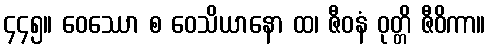
၄၄၅။ ဝေဿော စ ဝေသိယာနော ထ၊ ဇီဝနံ ဝုတ္တိ ဇီဝိကာ။